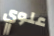
علوي